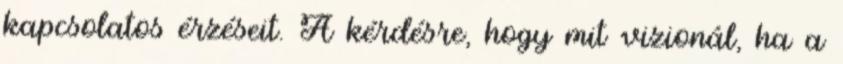
kapcsolatos érzéseit. A kérdésre, hogy mit vizionál, ha a